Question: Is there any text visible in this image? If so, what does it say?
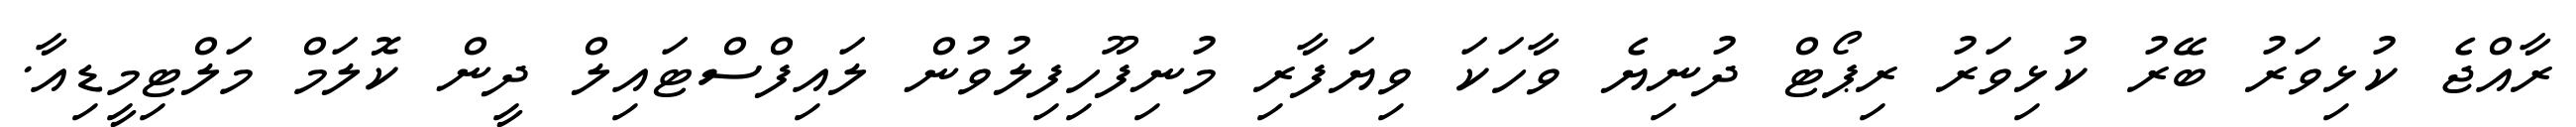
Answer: ރާއްޖެ ކުޅިވަރު ބޭރު ކުޅިވަރު ރިޕޯޓް ދުނިޔެ ވާހަކަ ވިޔަފާރި މުނިފޫހިފިލުވުން ލައިފްސްޓައިލް ދީން ކޮލަމް މަލްޓިމީޑިއާ.